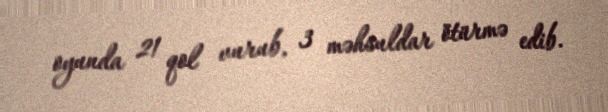
oyunda 21 qol vurub, 3 məhsuldar ötürmə edib.